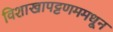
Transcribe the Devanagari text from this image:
विशाखापट्टणममधून